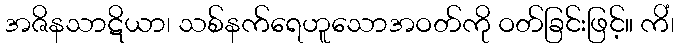
အဇိနသာဋိယာ၊ သစ်နက်ရေဟူသောအဝတ်ကို ဝတ်ခြင်းဖြင့်။ ကိံ၊